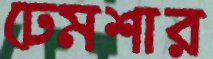
ঢেমশার